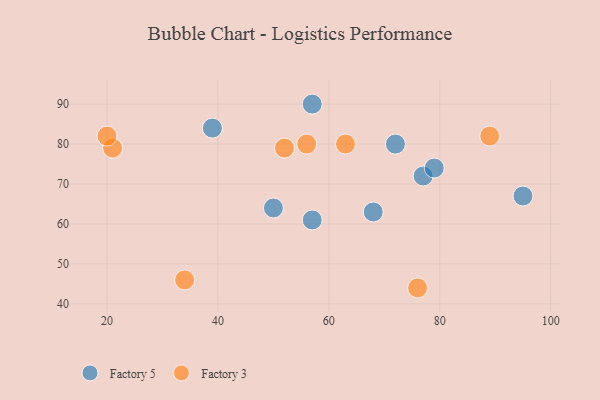
{"axis": {"x": "GDP", "y": "Life Expectancy"}, "legend": ["Factory 3", "Factory 5"], "data": [{"x": "57", "y": 90, "type": "Factory 5"}, {"x": "50", "y": 64, "type": "Factory 5"}, {"x": "68", "y": 63, "type": "Factory 5"}, {"x": "57", "y": 61, "type": "Factory 5"}, {"x": "77", "y": 72, "type": "Factory 5"}, {"x": "39", "y": 84, "type": "Factory 5"}, {"x": "79", "y": 74, "type": "Factory 5"}, {"x": "95", "y": 67, "type": "Factory 5"}, {"x": "72", "y": 80, "type": "Factory 5"}, {"x": "34", "y": 46, "type": "Factory 3"}, {"x": "21", "y": 79, "type": "Factory 3"}, {"x": "63", "y": 80, "type": "Factory 3"}, {"x": "56", "y": 80, "type": "Factory 3"}, {"x": "20", "y": 82, "type": "Factory 3"}, {"x": "76", "y": 44, "type": "Factory 3"}, {"x": "89", "y": 82, "type": "Factory 3"}, {"x": "52", "y": 79, "type": "Factory 3"}]}